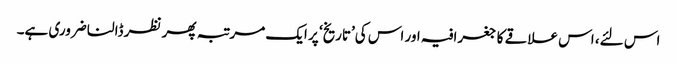
اس لئے، اس علاقے کا جغرافیہ اور اس کی’تاریخ‘ پر ایک مرتبہ پھر نظر ڈالنا ضروری ہے۔